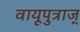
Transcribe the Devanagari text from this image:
वायूपुत्राज्